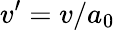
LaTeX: v^{\prime}=v/a_{0}